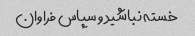
خسته نباشید و سپاس فراوان